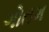
ગોતમ